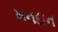
ખનદાન